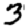
Digit: 3